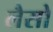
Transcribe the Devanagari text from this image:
लैसो